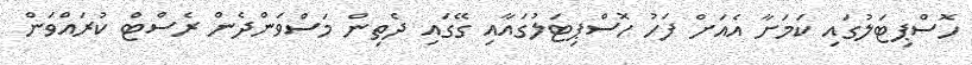
ހޮސްޕިޓަލުގައި ކަމަށާ އެއަށް ފަހު ހޮސްޕިޓަލުގައާއި ގޭގައި ދެތިން މަސްވަންދެން ރެސްޓް ކުރައްވަން